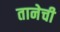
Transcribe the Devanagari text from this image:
तानेची